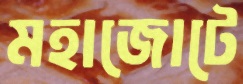
মহাজোটে